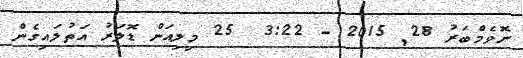
ނޮވެމްބަރު 28